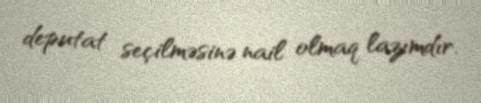
deputat seçilməsinə nail olmaq lazımdır.